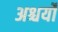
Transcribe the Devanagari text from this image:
अश्चर्यों